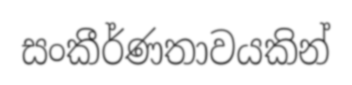
සංකීර්ණතාවයකින්